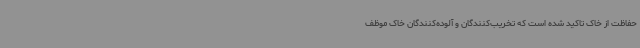
حفاظت از خاک تاکید شده است که تخریب‌کنندگان و آلوده‌کنندگان خاک موظف